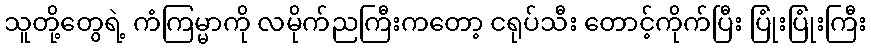
သူတို့တွေရဲ့ ကံကြမ္မာကို လမိုက်ညကြီးကတော့ ငရုပ်သီး တောင့်ကိုက်ပြီး ပြုံးပြုံးကြီး